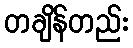
တချိန်တည်း